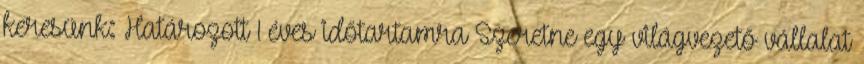
keresünk: Határozott 1 éves időtartamra Szeretne egy világvezető vállalat